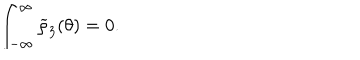
\int _ { - \infty } ^ { \infty } \widetilde { \rho } _ { 3 } ( \theta ) = 0 .